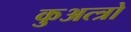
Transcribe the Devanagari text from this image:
कुअत्त्रो